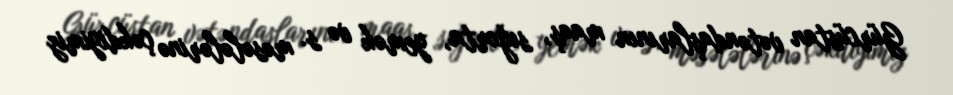
Gürcüstan vətəndaşlarının maaş, sığorta, yemək və s. məsələlərinə çəkdiyimiz